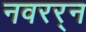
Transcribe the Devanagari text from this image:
नवरर्‍न